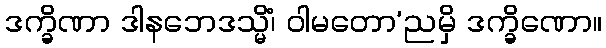
ဒက္ခိဏာ ဒါနဘေဒသ္မိံ၊ ဝါမတော’ညမှိ ဒက္ခိဏော။